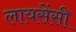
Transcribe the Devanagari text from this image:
लायसेंसी